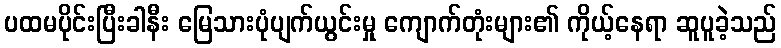
ပထမပိုင်းပြီးခါနီး မြေသားပုံပျက်ယွင်းမှု ကျောက်တုံးများ၏ ကိုယ့်နေရာ ဆူပူခဲ့သည်